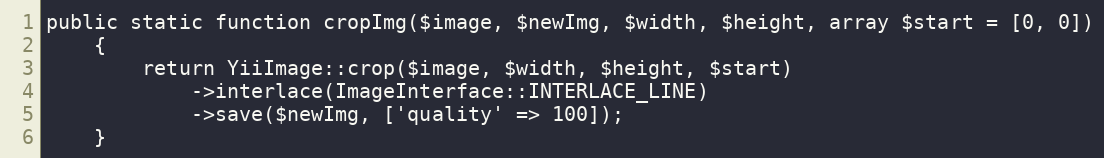
Language: PHP
public static function cropImg($image, $newImg, $width, $height, array $start = [0, 0])
    {
        return YiiImage::crop($image, $width, $height, $start)
            ->interlace(ImageInterface::INTERLACE_LINE)
            ->save($newImg, ['quality' => 100]);
    }